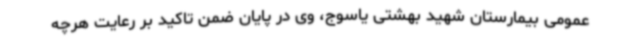
عمومی بیمارستان شهید بهشتی یاسوج، وی در پایان ضمن تاکید بر رعایت هرچه